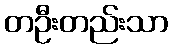
တဦးတည်းသာ